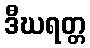
ဒီဃရတ္တ